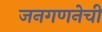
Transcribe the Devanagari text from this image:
जनगणनेची